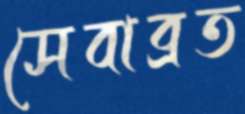
সেবাব্রত